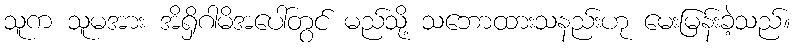
သူက သူမအား အိရှိဂါမိအပေါ်တွင် မည်သို့ သဘောထားသနည်းဟု မေးမြန်းခဲ့သည်။